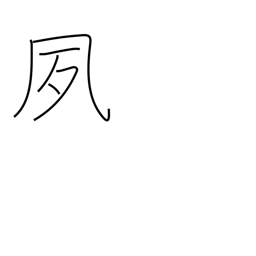
Meaning: bright and early